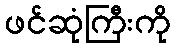
ဖင်ဆုံကြီးကို